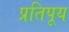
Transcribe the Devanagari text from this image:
प्रतिपूय